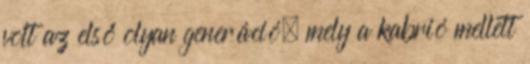
volt az első olyan generáció, mely a kabrió mellett